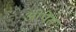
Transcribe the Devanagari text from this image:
ओपेंस